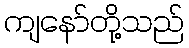
ကျနော်တို့သည်